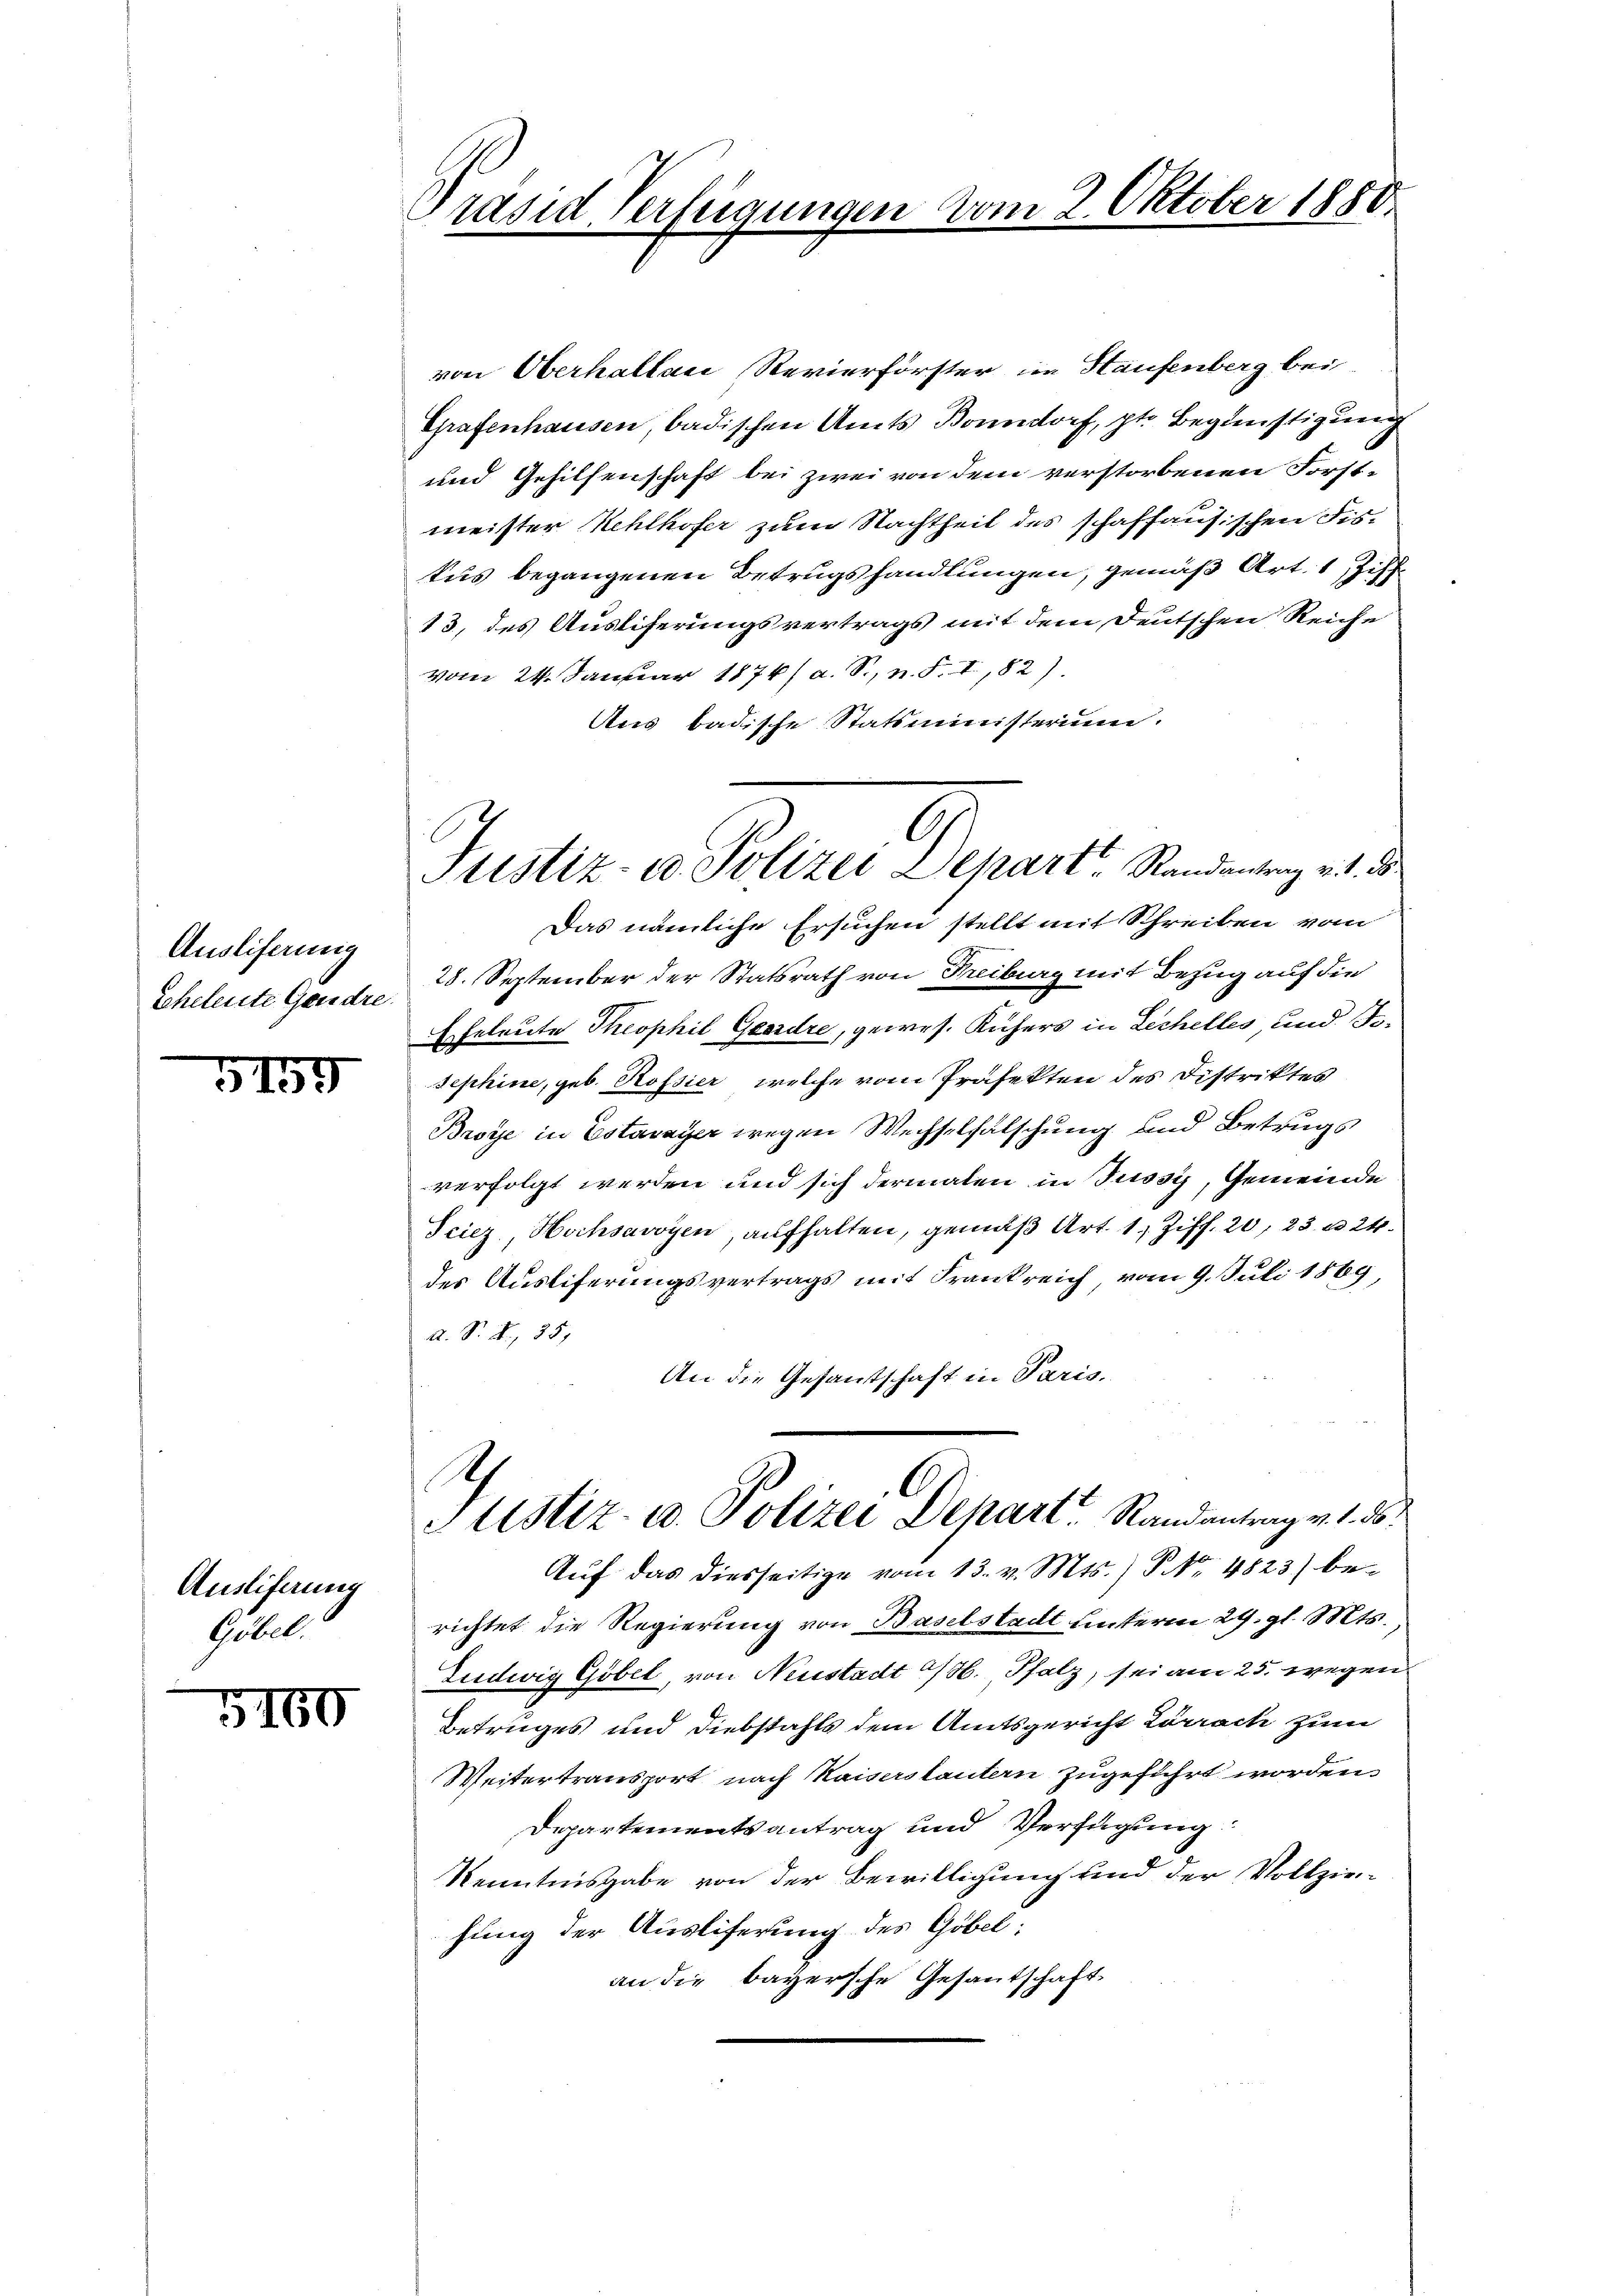
Auslifering
Scheleute Gendre.

5159

Ausliferung
Göbel.

5160

Präsid Verfeigungen vom 2. Oktober 1850.

von Oberhalten Revierförster im Haufenberg bei
Grafenhausen, badischen Amts Bonndorf, pt. Begünstigung
und Gehilfenschaft bei zwei von dem verstorbenen Forstmeister Kehlhofer zum Nachtheit des schaffausischen Fistus begangenen Betrugshandlungen, gemäß Art. 1 Zihr¬
13, des Ausliferungsvertrags mit dem Deutschen Reiche
vom 24. Januar 1876/ a. S., n. F. I.,82).
Aus badische Statsministerium.
Das nämliche Ersuchen stellt mit Schreiben vom
28. September der Statsrath von Freiburg mit Bezug auf die
Eheleute Theophil Geerdre, gewes. Rüfers in Lechelles, und Besephine, geb. Rossier, welche vom Präfekten des Distriktes
Broye in Estavayer wegen Wechselfälschung und Betrugs
verfolgt werden und sich dermalen in Tussy, Gemeinde
Sciez, Hochsavoyen, aufhalten, gemäβ Art. 1 Ziff. 20, 23. u. 24.
des Ausliferungsvertrags mit Frankreich, vom 9. Juli 1869,
A. S. R., 35,
An die Gesandtschaft in Paris,
1
Justiz- u. Polizei Depart Randantrag v. 1. d.
Auf das diesseitige vom 13. v. Mts.) No 4823) be-
richtet die Regierung von Baselstadt unterm 29. gl. Mts.
Ludwig Göbel, von Neustadt H. Pfalz, sei am 25. wegen
Betruges und Diebstahls dem Amtsgericht Lörrach zum
Weitertransport nach Kaiserstantern zugeführt worden.
Departementsantrag und Verfügung
Kenntnisgabe von der Bewilligung und der Vollzie-
hung der Ausliferung des Göbel:
an die bayersche Gesantschaft

l
Justiz- u. Polizei Depart. Randantrag v. 1. d.